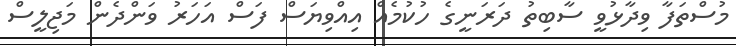
މުސްތަފާ ވިދާޅުވީ ސާބިތު ދަރަނީގެ ހުކުމެއް އިއްވިޔަސް ފަސް އަހަރު ވަންދެން މަޖިލީސް